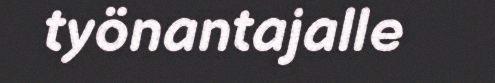
työnantajalle